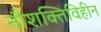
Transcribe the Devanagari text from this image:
नौशक्तिविहीन